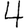
Digit: 4